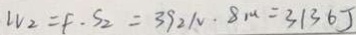
W _ { 2 } = F \cdot S _ { 2 } = 3 9 2 N \cdot 8 m = 3 1 3 6 J